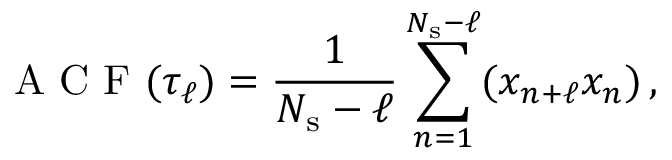
\mathrm { ~ A ~ C ~ F ~ } ( \tau _ { \ell } ) = \frac { 1 } { N _ { \mathrm { s } } - \ell } \sum _ { n = 1 } ^ { N _ { \mathrm { s } } - \ell } ( x _ { n + \ell } x _ { n } ) \, ,